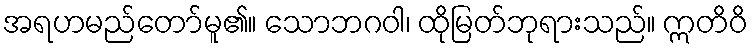
အရဟမည်တော်မူ၏။ သောဘဂဝါ၊ ထိုမြတ်ဘုရားသည်။ ဣတိဝိ